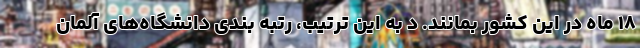
۱۸ ماه در این کشور بمانند. د به این ترتیب، رتبه بندی دانشگاه‌های آلمان